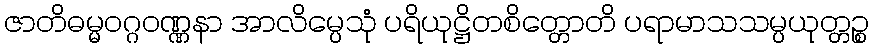
ဇာတိဓမ္မဝဂ္ဂဝဏ္ဏနာ အာလိမ္ပေသုံ ပရိယုဋ္ဌိတစိတ္တောတိ ပရာမာသသမ္ပယုတ္တဉ္စ